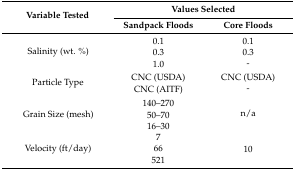
<table><thead><tr><td rowspan="2"><b>Variable Tested</b></td><td colspan="2"><b>Values Selected</b></td></tr><tr><td><b>Sandpack Floods</b></td><td><b>Core Floods</b></td></tr></thead><tbody><tr><td rowspan="3">Salinity (wt. %)</td><td>0.1</td><td>0.1</td></tr><tr><td>0.3</td><td>0.3</td></tr><tr><td>1.0</td><td>-</td></tr><tr><td rowspan="2">Particle Type</td><td>CNC (USDA)</td><td>CNC (USDA)</td></tr><tr><td>CNC (AITF)</td><td>-</td></tr><tr><td rowspan="3">Grain Size (mesh)</td><td>140–270</td><td rowspan="3">n/a</td></tr><tr><td>50–70</td></tr><tr><td>16–30</td></tr><tr><td rowspan="3">Velocity (ft/day)</td><td>7</td><td rowspan="3">10</td></tr><tr><td>66</td></tr><tr><td>521</td></tr></tbody></table>